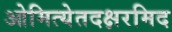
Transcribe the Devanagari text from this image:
ओमित्येतदक्षरमिद